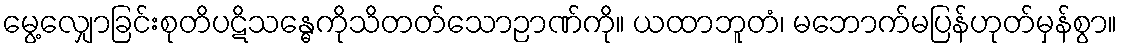
မွေ့လျှောခြင်းစုတိပဋိသန္ဓေကိုသိတတ်သောဉာဏ်ကို။ ယထာဘူတံ၊ မဘောက်မပြန်ဟုတ်မှန်စွာ။